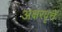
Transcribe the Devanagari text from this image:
अक्षरवृत्ते